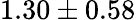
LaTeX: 1.30\pm 0.58